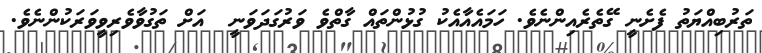
ތަރުބިއްޔަތު ފެށެނީ ގޭތެރެއިންނެވެ. ހަމައެއާއެކު ގުޅުންތައް ގާތްވެ ވަރުގަދަވަނީ  އަށް ތަގުވާވެރިވީވަރަކުންނެވެ.